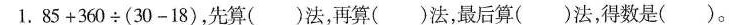
1.85+360÷(30-18)，先算()法，再算()法，最后算()法，得数是()。